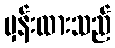
မှန်းထားသည်